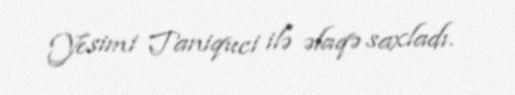
Yesimi Taniquci ilə əlaqə saxladı.